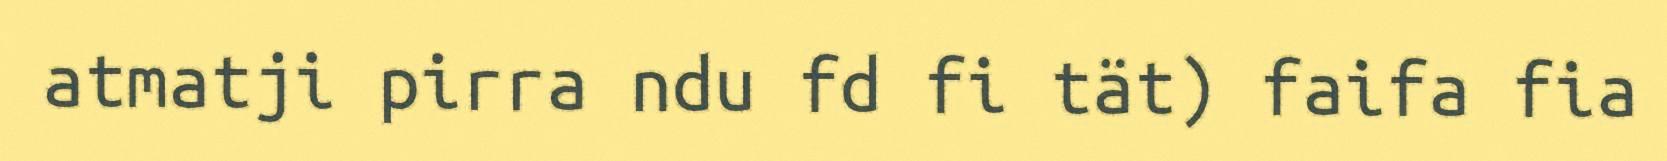
atmatji pirra ndu fd fi tät) faifa fia